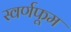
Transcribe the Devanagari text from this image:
स्वर्णफूम